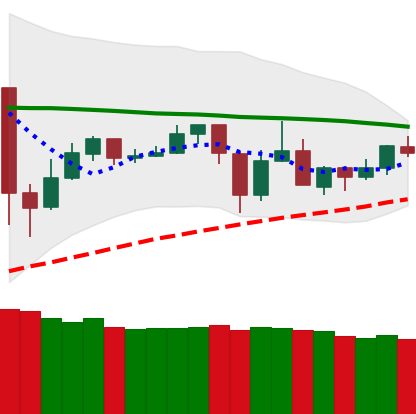
Ticker: TRX-USD
Chart end date: 2020-05-29
Forward return: 12.418%
Label: up_7plus